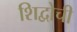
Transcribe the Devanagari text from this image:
शिद्वोची